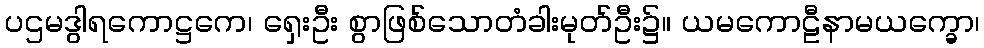
ပဌမဒွါရကောဋ္ဌကေ၊ ရှေးဦး စွာဖြစ်သောတံခါးမုတ်ဦး၌။ ယမကောဠီနာမယက္ခော၊